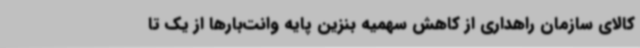
کالای سازمان راهداری از کاهش سهمیه بنزین پایه وانت‌بارها از یک تا